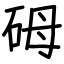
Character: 砪